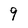
Character: 9